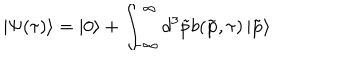
\left| \Psi ( \tau ) \right\rangle = \left| 0 \right\rangle + \int _ { - \infty } ^ { \infty } d ^ { 3 } \tilde { p } b ( \tilde { \mathbf { p } } , \tau ) \left| \tilde { \mathbf { p } } \right\rangle